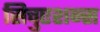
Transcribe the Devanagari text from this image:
सिचुएशन्स